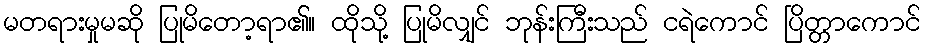
မတရားမှုမဆို ပြုမိတော့ရာ၏။ ထိုသို့ ပြုမိလျှင် ဘုန်းကြီးသည် ငရဲကောင် ပြိတ္တာကောင်